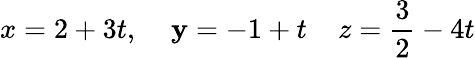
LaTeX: x=2+3t,\; \; \; \; \mathbf{y}=-1+t\; \; \; \; z={\frac{{3}}{{2}}}-4t